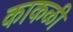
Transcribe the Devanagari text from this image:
काकळी